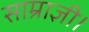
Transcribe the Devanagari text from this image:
साम्राज्ञी।